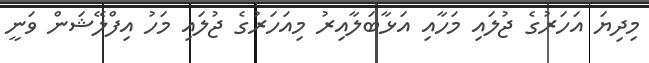
މިދިޔަ އަހަރުގެ ޖުލައި މަހާއި އަޅާބަލާއިރު މިއަހަރުގެ ޖުލައި މަހު އިފްލޭޝަން ވަނީ